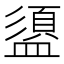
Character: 盨